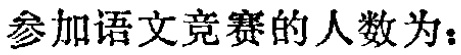
参加语文竞赛的人数为：